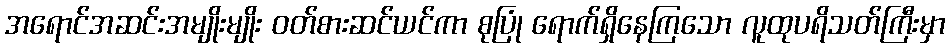
အရောင်အဆင်းအမျိုးမျိုး ဝတ်စားဆင်ယင်ကာ စုပြုံ ရောက်ရှိနေကြသော လူထုပရိသတ်ကြီးမှာ